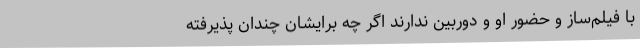
با فیلم‌ساز و حضور او و دوربین ندارند اگر چه برایشان چندان پذیرفته